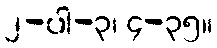
၂-ပါ-၃၊ ၄-၃၅။